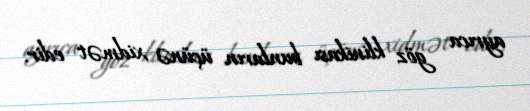
ayrıca göz klinikası bunların üçünə xidmət edir.